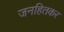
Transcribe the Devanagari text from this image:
जनहितकर